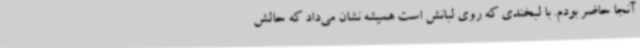
آنجا حاضر بودم. با لبخندی که روی لبانش است همیشه نشان می‌داد که حالش